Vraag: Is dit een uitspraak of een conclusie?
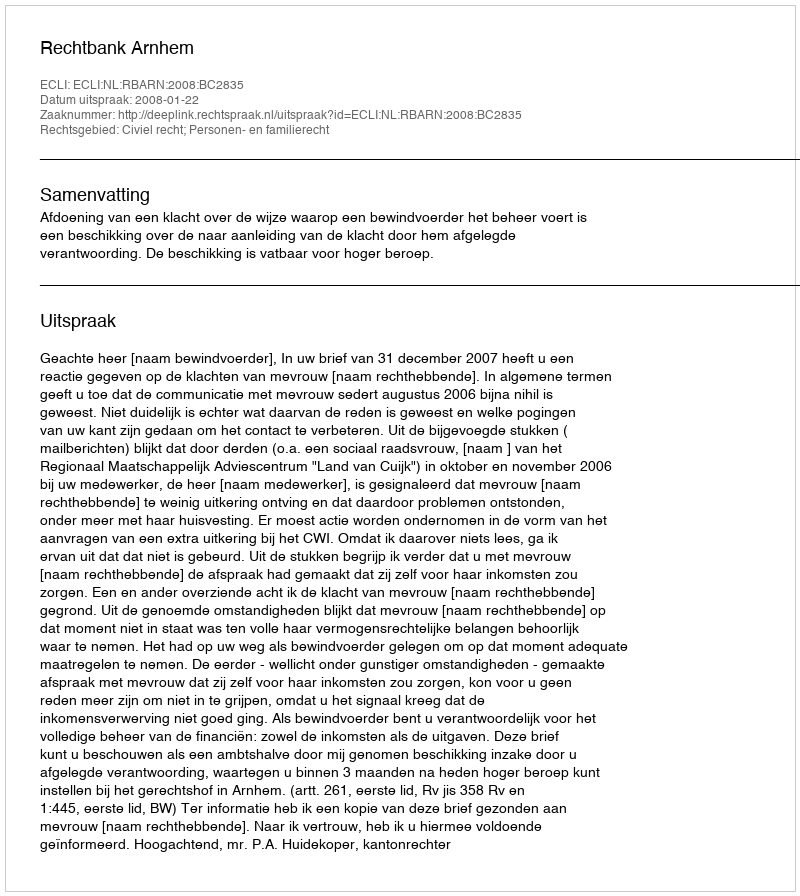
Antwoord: Uitspraak